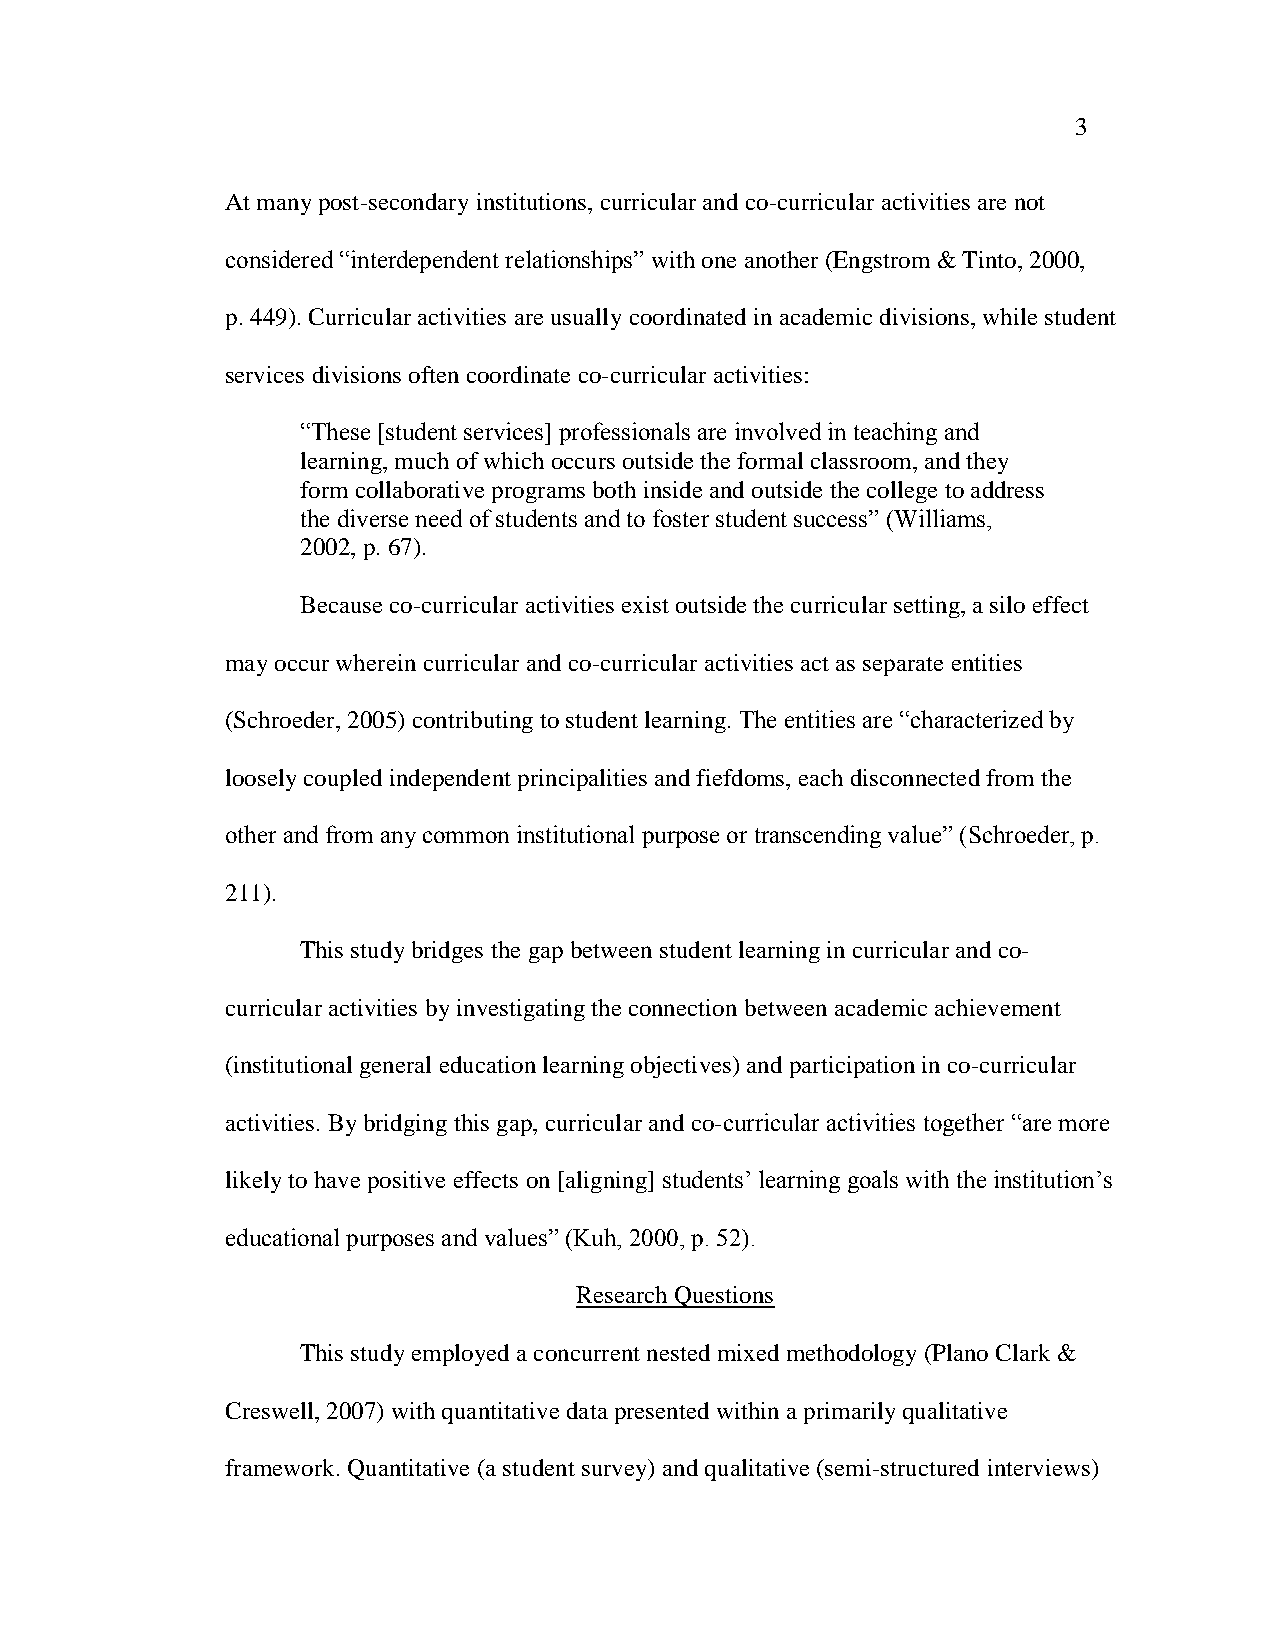
3
 At many post-secondary institutions, curricular and co-curricular activities are not
 considered ―interdependent relationships‖ with one another (Engstrom & Tinto, 2000,
 p. 449). Curricular activities are usually coordinated in academic divisions, while student
 services divisions often coordinate co-curricular activities:
 ―These [student services] professionals are involved in teaching and
 learning, much of which occurs outside the formal classroom, and they
 form collaborative programs both inside and outside the college to address
 the diverse need of students and to foster student success‖ (Williams,
 2002, p. 67).
 Because co-curricular activities exist outside the curricular setting, a silo effect
 may occur wherein curricular and co-curricular activities act as separate entities
 (Schroeder, 2005) contributing to student learning. The entities are ―characterized by
 loosely coupled independent principalities and fiefdoms, each disconnected from the
 other and from any common institutional purpose or transcending value‖ (Schroeder, p.
 211).
 This study bridges the gap between student learning in curricular and co-
 curricular activities by investigating the connection between academic achievement
 (institutional general education learning objectives) and participation in co-curricular
 activities. By bridging this gap, curricular and co-curricular activities together ―are more
 likely to have positive effects on [aligning] students‘ learning goals with the institution‘s
 educational purposes and values‖ (Kuh, 2000, p. 52).
 Research Questions
 This study employed a concurrent nested mixed methodology (Plano Clark &
 Creswell, 2007) with quantitative data presented within a primarily qualitative
 framework. Quantitative (a student survey) and qualitative (semi-structured interviews)